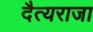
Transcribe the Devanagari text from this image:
दैत्यराजा